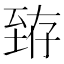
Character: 臶